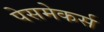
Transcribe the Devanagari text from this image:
पेसमेकर्स